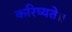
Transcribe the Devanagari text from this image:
करिष्यते॥